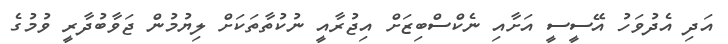
އަދި އެދުވަހު އޭސީސީ އަށާއި ނެކްސްބިޒަށް އިޖުރާއީ ނުކުތާތަކަށް ލިޔުމުން ޖަވާބުދާރީ ވުމުގެ